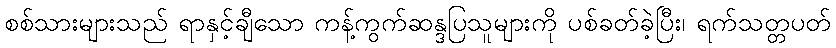
စစ်သားများသည် ရာနှင့်ချီသော ကန့်ကွက်ဆန္ဒပြသူများကို ပစ်ခတ်ခဲ့ပြီး၊ ရက်သတ္တပတ်